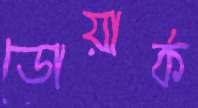
ডোয়ার্ক